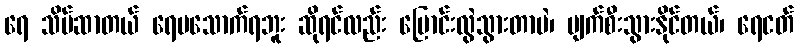
ရေ သိပ်ဆာတယ် ရေမသောက်ရဘူး ဆိုရင်လည်း ပြောင်းလွဲသွားတာပဲ၊ ပျက်စီးသွားနိုင်တယ်၊ ရေငတ်